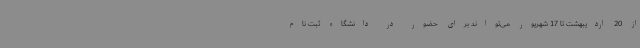
از 20 اردیبهشت تا 17 شهریور می‌تواند برای حضور در دانشگاه ثبت نام